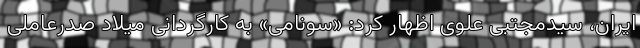
ایران، سیدمجتبی علوی اظهار کرد: «سونامی» به کارگردانی میلاد صدرعاملی